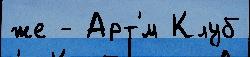
же - Арт'́м Клуб